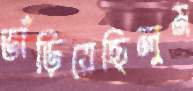
ভাঁড়িয়েছিলুম